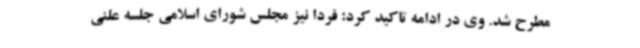
مطرح شد. وی در ادامه تاکید کرد: فردا نیز مجلس شورای اسلامی جلسه علنی